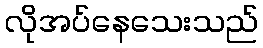
လိုအပ်နေသေးသည်